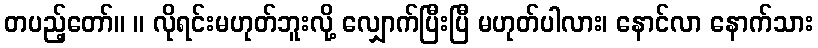
တပည့်တော်။ ။ လိုရင်းမဟုတ်ဘူးလို့ လျှောက်ပြီးပြီ မဟုတ်ပါလား၊ နောင်လာ နောက်သား